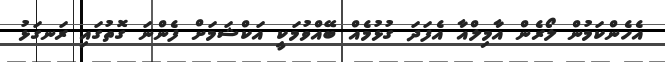
އެހެންކަމުން ލޯރެން އާމިލްއާ އެފަދަ ގުޅުމެއް ބޭއްވުމަކީ އަކްޝަމަށް ފެންނަ ގޮތުގައި ރަނގަޅު